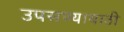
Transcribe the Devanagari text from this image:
उपसण्यायाठी